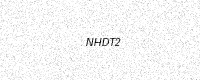
Text: NHDT2